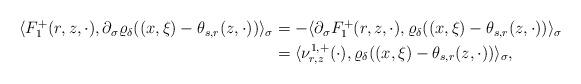
LaTeX: \begin{align*}\begin{aligned}\langle F_1^+(r,z,\cdot),\partial_\sigma\varrho_\delta((x,\xi)-\theta_{s,r}(z,\cdot))\rangle_\sigma&=-\langle\partial_\sigma F_1^+(r,z,\cdot),\varrho_\delta((x,\xi)-\theta_{s,r}(z,\cdot))\rangle_\sigma\\&=\langle\nu^{1,+}_{r,z}(\cdot),\varrho_\delta((x,\xi)-\theta_{s,r}(z,\cdot))\rangle_\sigma, \end{aligned}\end{align*}